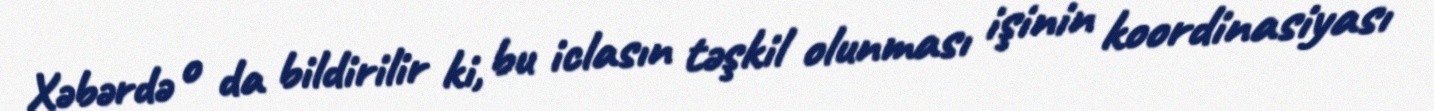
Xəbərdə o da bildirilir ki, bu iclasın təşkil olunması işinin koordinasiyası